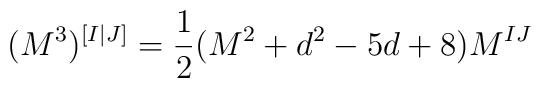
(M^3)^{[I|J]}=\frac{1}{2}(M^2+d^2-5d+8)M^{IJ}